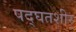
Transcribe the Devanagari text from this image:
पद्घतशीर